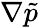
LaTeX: \nabla\tilde{p}